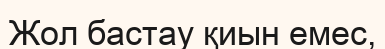
Жол бастау қиын емес,